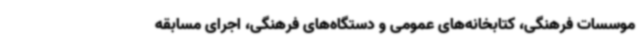
موسسات فرهنگی، کتابخانه‌های عمومی و دستگاه‌های فرهنگی، اجرای مسابقه